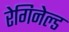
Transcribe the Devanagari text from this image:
रेगिनेल्‍ड